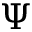
\Psi